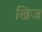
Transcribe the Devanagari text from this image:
खिज